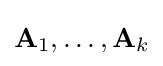
\mathbf {A} _{1},\dots ,\mathbf {A} _{k}